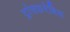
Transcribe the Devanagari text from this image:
ट्रांसफ़रेबिल